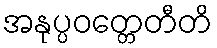
အနုပ္ပဝတ္တေတီတိ